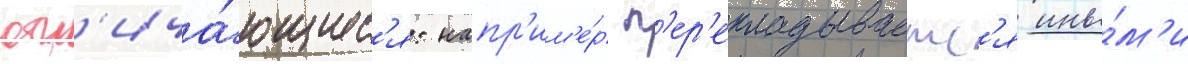
отл'ича́ющиес'я: напр'им'е́р п'ер'екладываетс'я ины́м'и